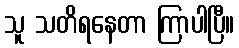
သူ သတိရနေတာ ကြာပါပြီ။